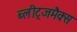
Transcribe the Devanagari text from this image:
ब्लीट्जमैक्स